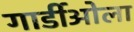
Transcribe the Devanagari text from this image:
गार्डीओला